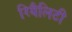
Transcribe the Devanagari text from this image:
रियैलिटी